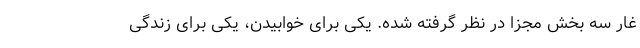
غار سه بخش مجزا در نظر گرفته شده. یکی برای خوابیدن، یکی برای زندگی